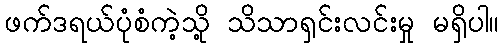
ဖက်ဒရယ်ပုံစံကဲ့သို့ သိသာရှင်းလင်းမှု မရှိပါ။